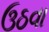
ઉઠવા